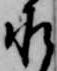
承